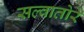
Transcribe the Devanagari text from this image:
सल्वातोरे